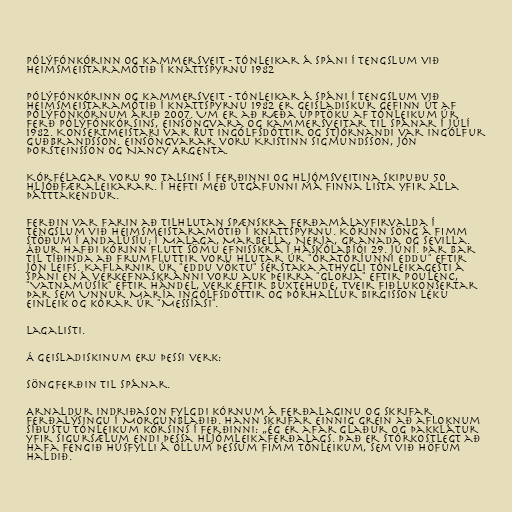
Pólýfónkórinn og kammersveit - Tónleikar á Spáni í tengslum við
heimsmeistaramótið í knattspyrnu 1982

Pólýfónkórinn og kammersveit - Tónleikar á Spáni í tengslum við
heimsmeistaramótið í knattspyrnu 1982 er geisladiskur gefinn út af
Pólýfónkórnum árið 2007. Um er að ræða upptöku af tónleikum úr
ferð Pólýfónkórsins, einsöngvara og kammersveitar til Spánar í júlí
1982. Konsertmeistari var Rut Ingólfsdóttir og stjórnandi var Ingólfur
Guðbrandsson. Einsöngvarar voru Kristinn Sigmundsson, Jón
Þorsteinsson og Nancy Argenta.

Kórfélagar voru 90 talsins í ferðinni og hljómsveitina skipuðu 50
hljóðfæraleikarar. Í hefti með útgáfunni má finna lista yfir alla
þátttakendur.

Ferðin var farin að tilhlutan spænskra ferðamálayfirvalda í
tengslum við heimsmeistaramótið í knattspyrnu. Kórinn söng á fimm
stöðum í Andalúsíu; í Malaga, Marbella, Nerja, Granada og Sevilla.
Áður hafði kórinn flutt sömu efnisskrá í Háskólabíói 29. júní. Þar bar
til tíðinda að frumfluttir voru hlutar úr "Óratóríunni Eddu" eftir
Jón Leifs. Kaflarnir úr "Eddu vöktu" sérstaka athygli tónleikagesti á
Spáni en á verkefnaskránni voru auk þeirra "Gloria" eftir Poulenc,
"Vatnamúsík" eftir Händel, verk eftir Buxtehude, tveir fiðlukonsertar
þar sem Unnur María Ingólfsdóttir og Þórhallur Birgisson léku
einleik og kórar úr "Messíasi".

Lagalisti.

Á geisladiskinum eru þessi verk:

Söngferðin til Spánar.

Arnaldur Indriðason fylgdi kórnum á ferðalaginu og skrifar
ferðalýsingu í Morgunblaðið. Hann skrifar einnig grein að afloknum
síðustu tónleikum kórsins í ferðinni: „Ég er afar glaður og þakklátur
yfir sigursælum endi þessa hljómleikaferðalags. Það er stórkostlegt að
hafa fengið húsfylli á öllum þessum fimm tónleikum, sem við höfum
haldið.